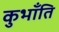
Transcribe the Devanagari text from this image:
कुभाँति